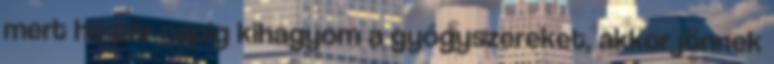
mert ha pár napig kihagyom a gyógyszereket, akkor jönnek